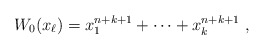
\begin{align*}W_0(x_\ell)=x_1^{n+k+1}+\cdots + x_k^{n+k+1}~,\end{align*}